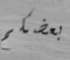
بعضكم